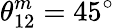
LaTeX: \theta_{12}^{m}=45^{\circ}